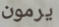
يرمون